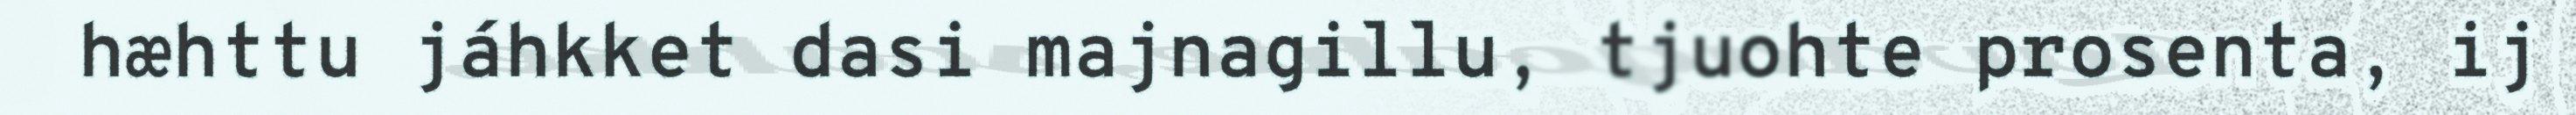
hæhttu jáhkket dasi majnagillu, tjuohte prosenta, ij